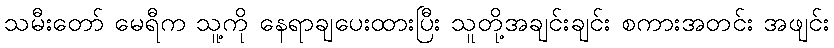
သမီးတော် မေရီက သူ့ကို နေရာချပေးထားပြီး သူတို့အချင်းချင်း စကားအတင်း အဖျင်း